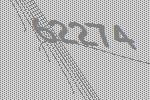
62274